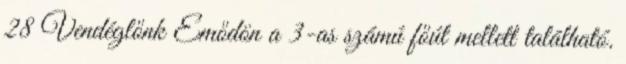
28 Vendéglőnk Emődön a 3-as számú főút mellett található.